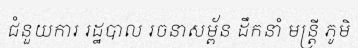
ជំនួយការ រដ្ឋបាល រចនាសម្ព័ន ដឹកនាំ មន្ត្រី ភូមិ